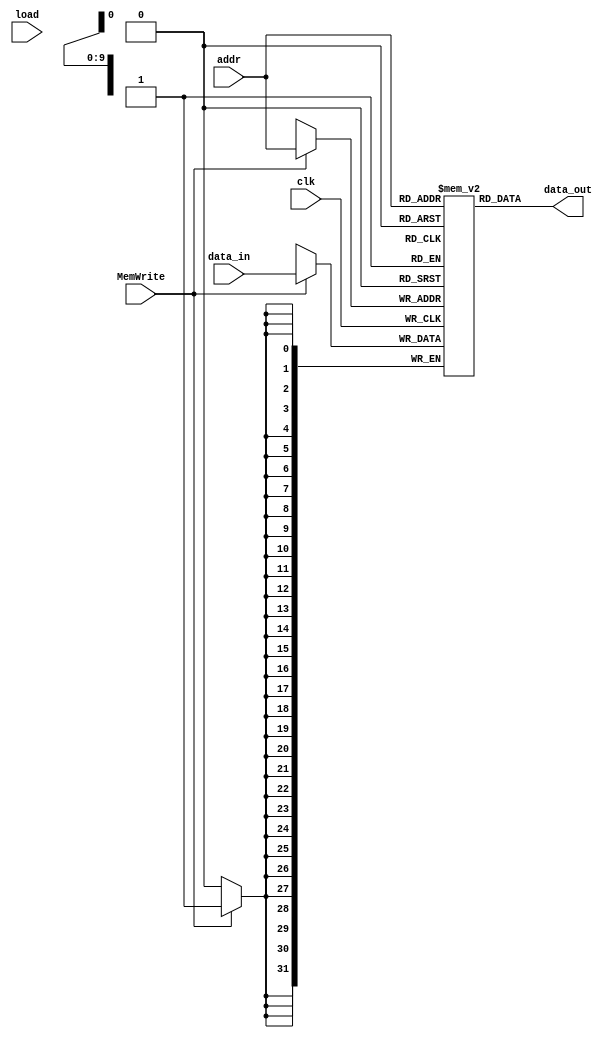
`timescale 1ns / 1ps
//////////////////////////////////////////////////////////////////////////////////
// Company: 
// Engineer: 
// 
// Design Name: 
// Module Name: ram
// Project Name: 
// Target Devices: 
// Tool Versions: 
// Description: 
// 
// Dependencies: 
// 
// Revision:
// Revision 0.01 - File Created
// Additional Comments:
// 
//////////////////////////////////////////////////////////////////////////////////


module ram 
#(parameter DATA_WIDTH=32, parameter ADDR_WIDTH=10) (
	
	input [(ADDR_WIDTH-1):0] addr,  
	input [(DATA_WIDTH-1):0] data_in,
	input MemWrite,
	input clk,
	input load,
	output   [(DATA_WIDTH-1):0] data_out ) ;
    reg [10:0]i;
	// Declare the ROM variable
	reg [DATA_WIDTH-1:0] ram[2**ADDR_WIDTH-1:0];
	initial begin
	   for(i=0;i<2**ADDR_WIDTH;i=i+1)
	   begin
	   ram[i]=32'h00000000;
	   end
	end
	assign data_out = ram[addr];
	always @(posedge clk)begin
        if(MemWrite==1) ram[addr]<=data_in;
    end
endmodule